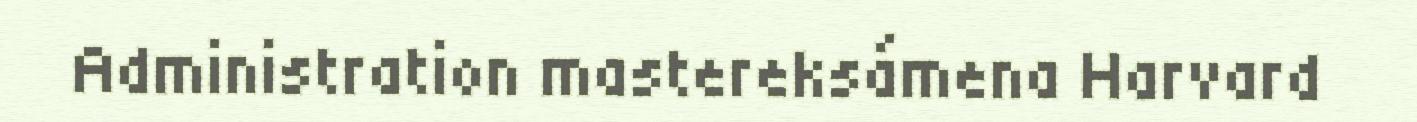
Administration mastereksámena Harvard